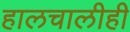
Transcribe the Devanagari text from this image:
हालचालीही